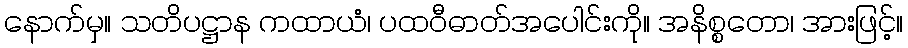
နောက်မှ။ သတိပဋ္ဌာန ကထာယံ၊ ပထဝီဓာတ်အပေါင်းကို။ အနိစ္စတော၊ အားဖြင့်။